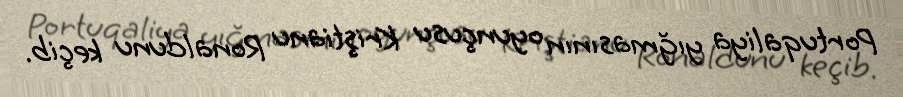
Portuqaliya yığmasının oyunçusu Kriştianu Ronaldunu keçib.